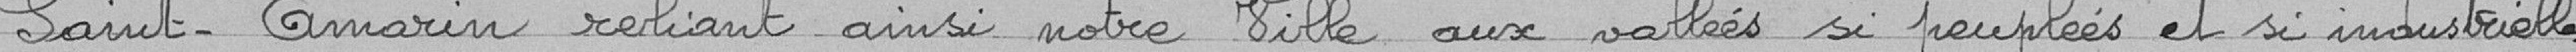
Saint-Amarin reliant ainsi notre ville aux vallées si peuplées et si industrielles